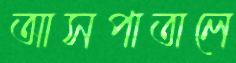
আসপাতালে